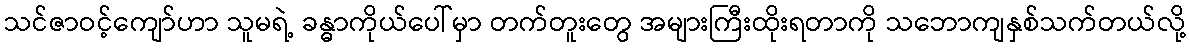
သင်ဇာဝင့်ကျော်ဟာ သူမရဲ့ ခန္ဓာကိုယ်ပေါ်မှာ တက်တူးတွေ အများကြီးထိုးရတာကို သဘောကျနှစ်သက်တယ်လို့